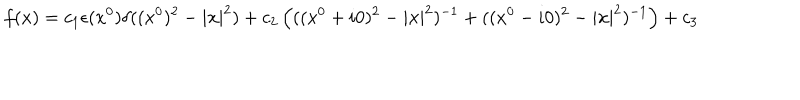
f ( x ) = c _ { 1 } \epsilon ( x ^ { 0 } ) \delta ( ( x ^ { 0 } ) ^ { 2 } - | { \bf x } | ^ { 2 } ) + c _ { 2 } \left( ( ( x ^ { 0 } + i 0 ) ^ { 2 } - | { \bf x } | ^ { 2 } ) ^ { - 1 } + ( ( x ^ { 0 } - i 0 ) ^ { 2 } - | { \bf x } | ^ { 2 } ) ^ { - 1 } \right) + c _ { 3 }